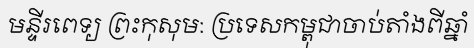
មន្ទីរពេទ្យ ព្រះកុសុម: ប្រទេសកម្ពុជាចាប់តាំងពីឆ្នាំ